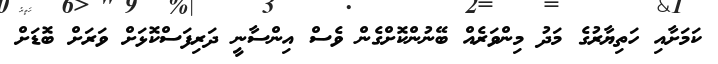
ކަމަށާއި ހަތިޔާރުގެ މަދު މިންވަރެއް ބޭނުންކޮށްގެން ވެސް އިންސާނީ ދަރިފަސްކޮޅަށް ވަރަށް ބޮޑަށް